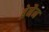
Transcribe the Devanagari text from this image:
ब्रेनैन